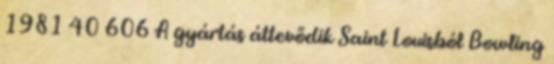
1981 40 606 A gyártás áttevődik Saint Louisból Bowling